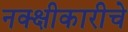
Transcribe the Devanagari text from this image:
नक्क्षीकारीचे